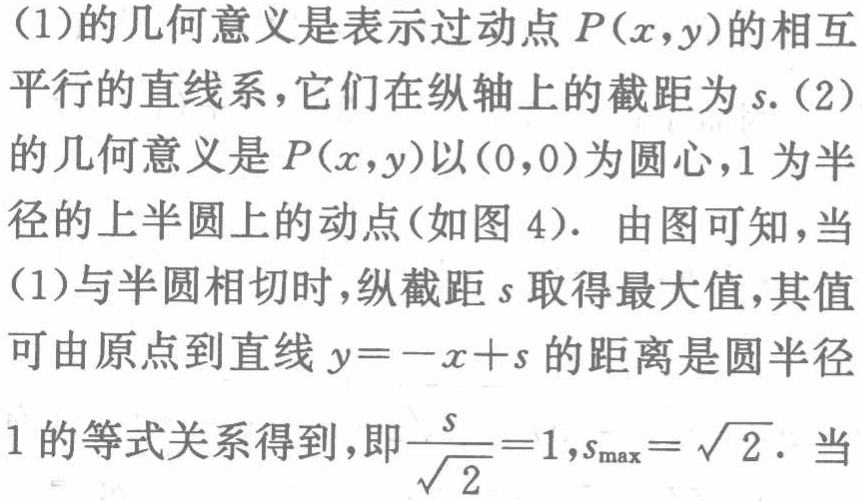
(1)的几何意义是表示过动点\(P(x,y)\)的相互平行的直线系，它们在纵轴上的截距为\(s\).(2)的几何意义是\(P(x,y)\)以\((0,0)\)为圆心，\(1\)为半径的上半圆上的动点(如图4). 由图可知，当(1)与半圆相切时，纵截距\(s\)取得最大值，其值可由原点到直线\(y = -x + s\)的距离是圆半径\(1\)的等式关系得到，即\(\frac{s}{\sqrt{2}} = 1\)，\(s_{\max}=\sqrt{2}\). 当